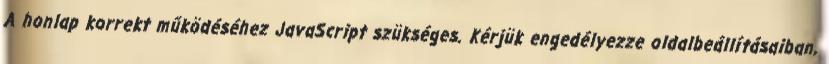
A honlap korrekt működéséhez JavaScript szükséges. Kérjük engedélyezze oldalbeállításaiban,